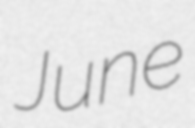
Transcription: June